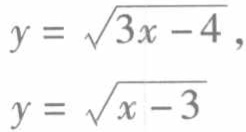
\[
y = \sqrt{3x - 4},
\]
\[
y = \sqrt{x - 3}
\]